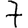
Digit: 7